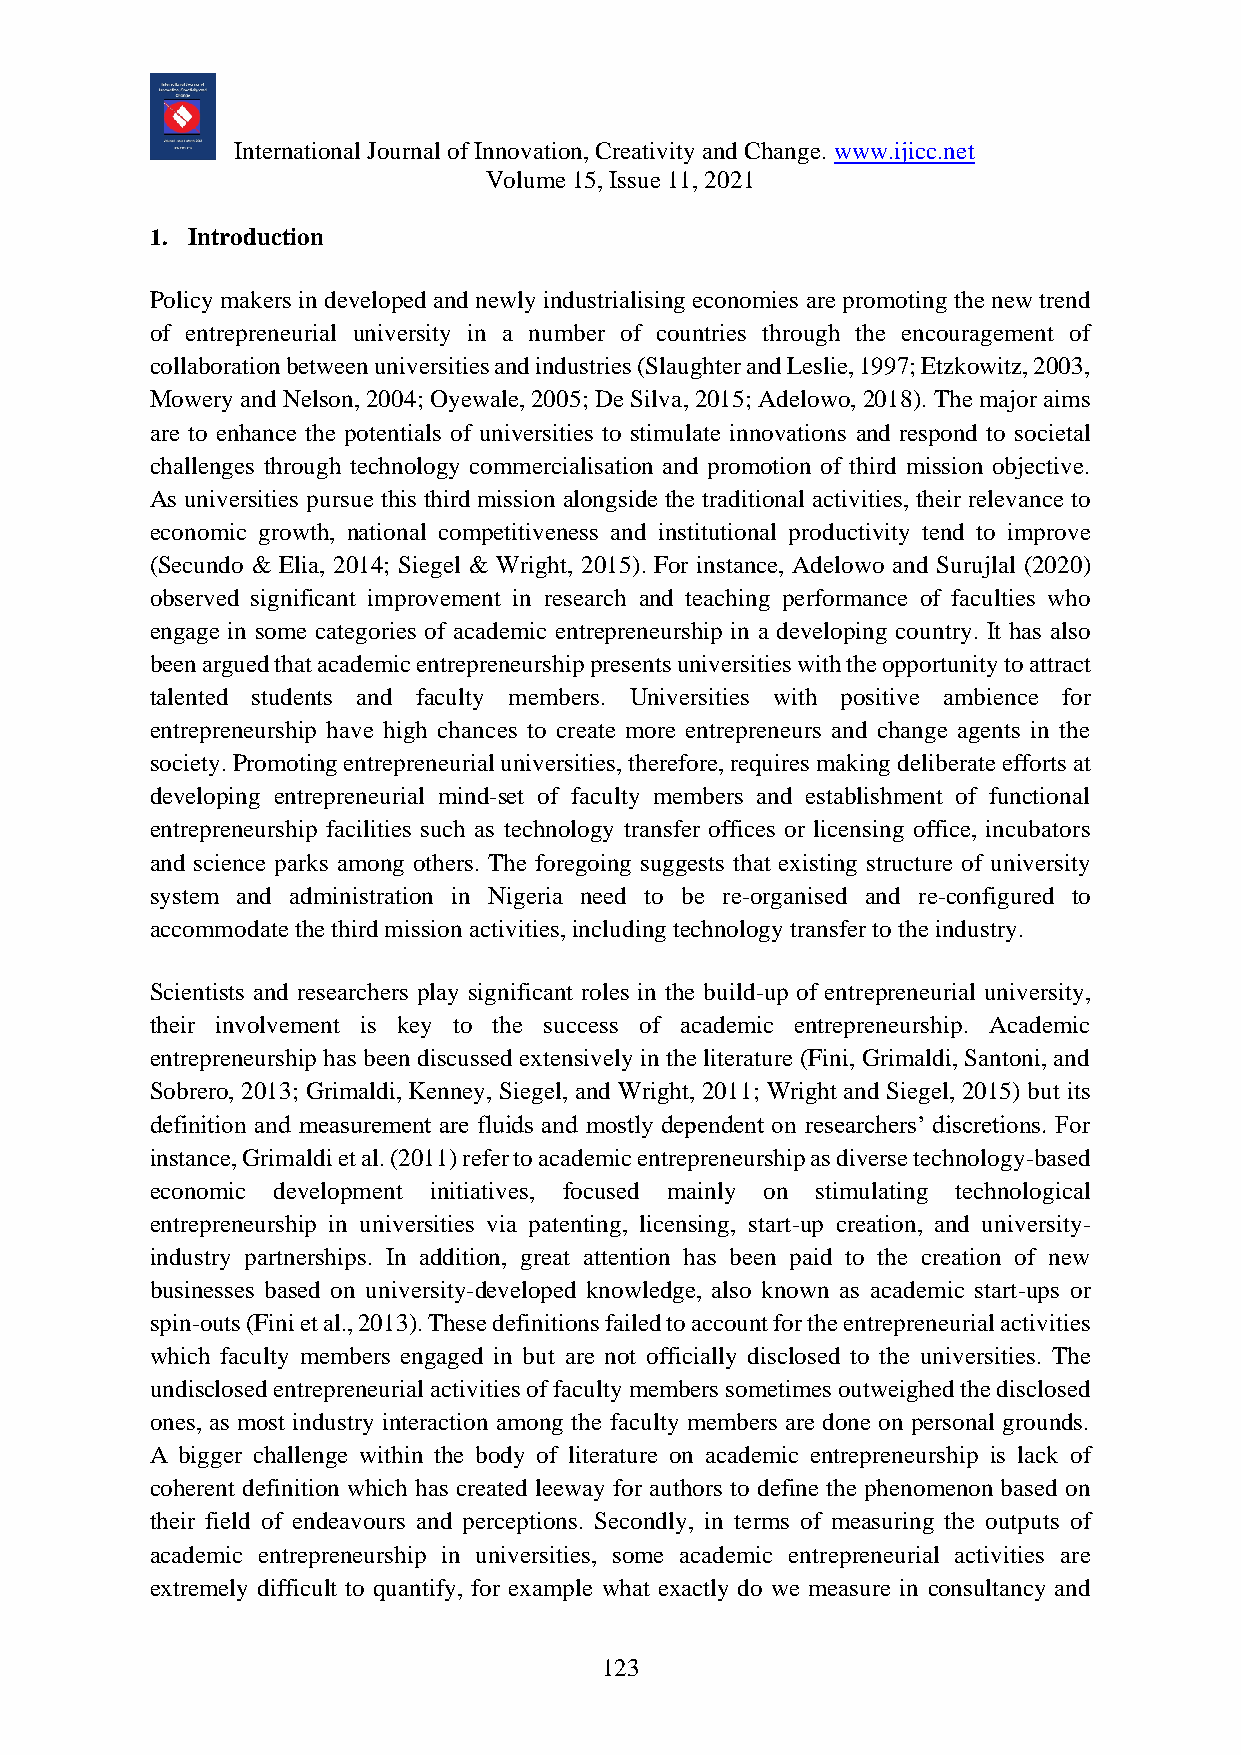
International Journal of Innovation, Creativity and Change. www.ijicc.net
 Volume 15, Issue 11, 2021
 1. Introduction
 Policy makers in developed and newly industrialising economies are promoting the new trend
 of entrepreneurial university in a number of countries through the encouragement of
 collaboration between universities and industries (Slaughter and Leslie, 1997; Etzkowitz, 2003,
 Mowery and Nelson, 2004; Oyewale, 2005; De Silva, 2015; Adelowo, 2018). The major aims
 are to enhance the potentials of universities to stimulate innovations and respond to societal
 challenges through technology commercialisation and promotion of third mission objective.
 As universities pursue this third mission alongside the traditional activities, their relevance to
 economic growth, national competitiveness and institutional productivity tend to improve
 (Secundo & Elia, 2014; Siegel & Wright, 2015). For instance, Adelowo and Surujlal (2020)
 observed significant improvement in research and teaching performance of faculties who
 engage in some categories of academic entrepreneurship in a developing country. It has also
 been argued that academic entrepreneurship presents universities with the opportunity to attract
 talented students and faculty members. Universities with positive ambience for
 entrepreneurship have high chances to create more entrepreneurs and change agents in the
 society. Promoting entrepreneurial universities, therefore, requires making deliberate efforts at
 developing entrepreneurial mind-set of faculty members and establishment of functional
 entrepreneurship facilities such as technology transfer offices or licensing office, incubators
 and science parks among others. The foregoing suggests that existing structure of university
 system and administration in Nigeria need to be re-organised and re-configured to
 accommodate the third mission activities, including technology transfer to the industry.
 Scientists and researchers play significant roles in the build-up of entrepreneurial university,
 their involvement is key to the success of academic entrepreneurship. Academic
 entrepreneurship has been discussed extensively in the literature (Fini, Grimaldi, Santoni, and
 Sobrero, 2013; Grimaldi, Kenney, Siegel, and Wright, 2011; Wright and Siegel, 2015) but its
 definition and measurement are fluids and mostly dependent on researchers’ discretions. For
 instance, Grimaldi et al. (2011) refer to academic entrepreneurship as diverse technology-based
 economic development initiatives, focused mainly on stimulating technological
 entrepreneurship in universities via patenting, licensing, start-up creation, and university-
 industry partnerships. In addition, great attention has been paid to the creation of new
 businesses based on university-developed knowledge, also known as academic start-ups or
 spin-outs (Fini et al., 2013). These definitions failed to account for the entrepreneurial activities
 which faculty members engaged in but are not officially disclosed to the universities. The
 undisclosed entrepreneurial activities of faculty members sometimes outweighed the disclosed
 ones, as most industry interaction among the faculty members are done on personal grounds.
 A bigger challenge within the body of literature on academic entrepreneurship is lack of
 coherent definition which has created leeway for authors to define the phenomenon based on
 their field of endeavours and perceptions. Secondly, in terms of measuring the outputs of
 academic entrepreneurship in universities, some academic entrepreneurial activities are
 extremely difficult to quantify, for example what exactly do we measure in consultancy and
 123